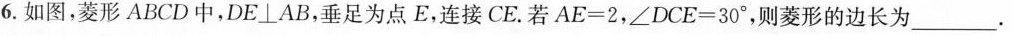
6.如图，菱形ABCD中，DE\bot AB，垂足为点E，连接CE.若$$A E = 2 $$，$$∠ D C E = 3 0 °$$，则菱形的边长为___.